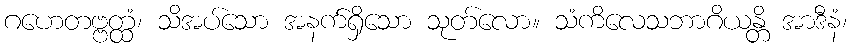
ဂဟေတဗ္ဗတ္ထံ၊ သိအပ်သော အနက်ရှိသော သုတ်လော။ သံကိလေသဘာဂိယန္တိ အာဒီနံ၊